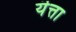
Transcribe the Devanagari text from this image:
यॆत्ता